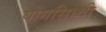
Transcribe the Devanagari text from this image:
योगसिध्दी